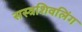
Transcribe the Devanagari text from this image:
सस्त्रशिवलिंग